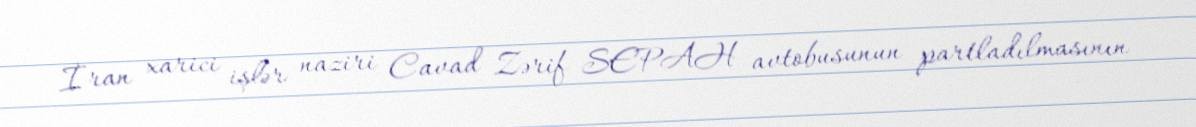
İran xarici işlər naziri Cavad Zərif SEPAH avtobusunun partladılmasının